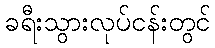
ခရီးသွားလုပ်ငန်းတွင်